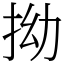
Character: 拗